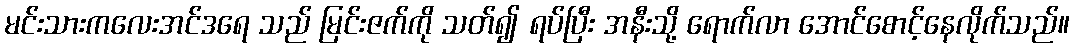
မင်းသားကလေးအင်ဒရေ သည် မြင်းဇက်ကို သတ်၍ ရပ်ပြီး အနီးသို့ ရောက်လာ အောင်စောင့်နေလိုက်သည်။